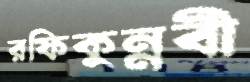
রফিকুন্নবী